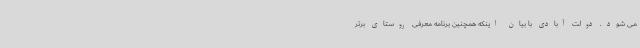
می شود. دولت آبادی با بیان اینکه همچنین برنامه معرفی روستای برتر